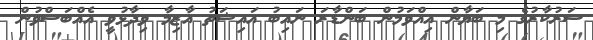
ސަރުކާރުގެ މި ބަޔާން އިއްވަމުން ބަންޑާރަ ނައިބު އައިޝަތު އާޒިމާ ވިދާޅުވީ އެއްބަސްވުން